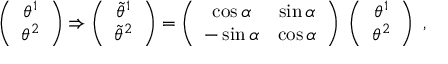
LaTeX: \left( \begin{array} { c } { { \theta ^ { 1 } } } \\ { { \theta ^ { 2 } } } \end{array} \right) \Rightarrow \left( \begin{array} { c } { { \tilde { \theta } ^ { 1 } } } \\ { { \tilde { \theta } ^ { 2 } } } \end{array} \right) = \left( \begin{array} { c c } { { \cos \alpha } } & { { \sin \alpha } } \\ { { - \sin \alpha } } & { { \cos \alpha } } \end{array} \right) \; \left( \begin{array} { c } { { \theta ^ { 1 } } } \\ { { \theta ^ { 2 } } } \end{array} \right) \; ,